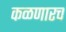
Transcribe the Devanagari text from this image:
कळणारच